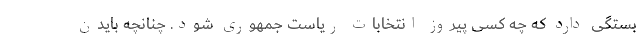
بستگی دارد که چه کسی پیروز انتخابات ریاست جمهوری شود. چنانچه بایدن